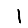
Digit: 1